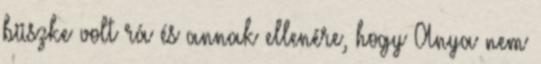
büszke volt rá és annak ellenére, hogy Anya nem